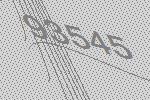
93545